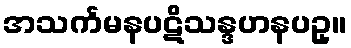
အသင်္ကမနပဋိသန္ဒဟနပဥှ။